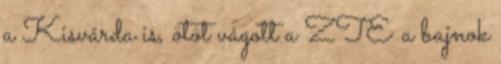
a Kisvárda is, ötöt vágott a ZTE a bajnok